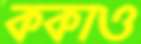
ককাও